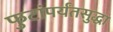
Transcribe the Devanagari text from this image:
फुटांपर्यंतसुद्धा